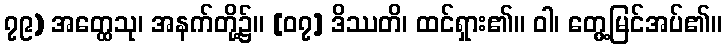
၇၉) အတ္ထေသု၊ အနက်တို့၌။ [၀၇] ဒိဿတိ၊ ထင်ရှား၏။ ဝါ၊ တွေ့မြင်အပ်၏။